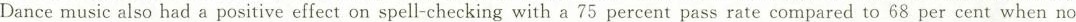
Dance music also had a positive effect on spell-checking with a 75 percent pass rate compared to 68 per cent when no